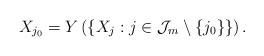
LaTeX: \begin{align*}X_{j_0}=Y\left(\left\{X_{j}: j\in \mathcal J_{m}\setminus\{j_0\}\right\}\right).\end{align*}